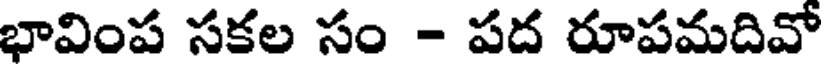
భావింప సకల సం - పద రూపమదివో